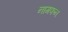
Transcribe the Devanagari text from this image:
नागफन